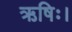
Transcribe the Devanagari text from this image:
ऋषिः।